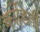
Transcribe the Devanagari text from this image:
कांडिती